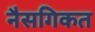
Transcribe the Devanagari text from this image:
नैसगिकत